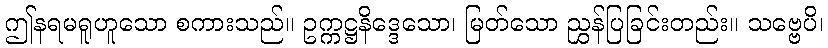
ဤနရမရူဟူသော စကားသည်။ ဥက္ကဋ္ဌနိဒ္ဒေသော၊ မြတ်သော ညွှန်ပြခြင်းတည်း။ သဗ္ဗေပိ၊